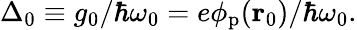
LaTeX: \begin{array}{r}{\Delta_{0}\equiv g_{0}/\hbar\omega_{0}=e\phi_{\mathrm{p}}(\mathbf{r}_{0})/\hbar\omega_{0}.}\end{array}